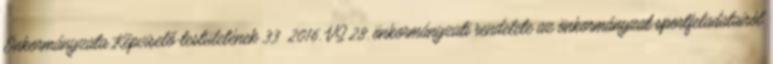
Önkormányzata Képviselő-testületének 33 2016. VI.28. önkormányzati rendelete az önkormányzat sportfeladatairól